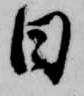
日